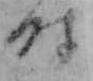
時